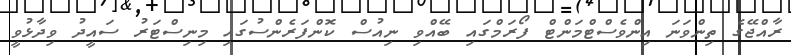
ރާއްޖޭގެ ތިންވަނަ އިންވެސްޓްމަންޓް ފޯރަމްގައި ބޭއްވި ނިއުސް ކޮންފަރެންސުގައި މިނިސްޓަރު ސައީދު ވިދާޅުވީ